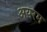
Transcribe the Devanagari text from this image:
अयरम